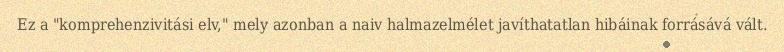
Ez a "komprehenzivitási elv," mely azonban a naiv halmazelmélet javíthatatlan hibáinak forrásává vált.